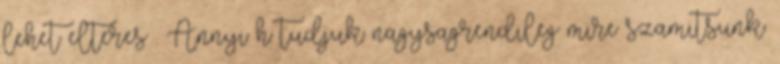
lehet elteres . Annyi h tudjuk nagysagrendileg mire szamitsunk.